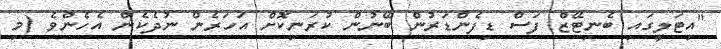
"އިޓަލީގައި ބެނިޓޭޒް ފަސް ޑިފެންޑަރުން ބޭނުން ކުރަނިކޮށް އަހަރެން ނުދެކެން އެހެންވެ (މި